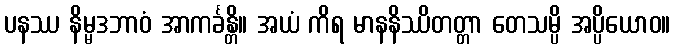
ပနဿ နိမ္မဒဘာဝံ အာကင်္ခန္တိ။ အယံ ကိရ မာနနိဿိတတ္တာ တေသမ္ပိ အပ္ပိယောဝ။